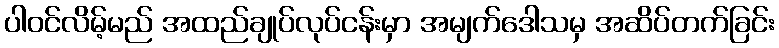
ပါဝင်လိမ့်မည် အထည်ချုပ်လုပ်ငန်းမှာ အမျက်ဒေါသမှ အဆိပ်တက်ခြင်း